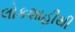
લોકશાહીથી